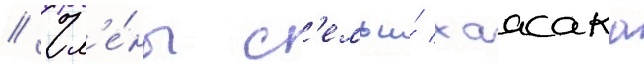
// Чл'е́ны с'емьи́ хаасака